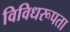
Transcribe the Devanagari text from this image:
विविधरूपता